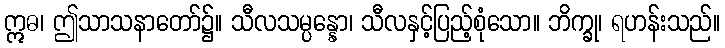
ဣဓ၊ ဤသာသနာတော်၌။ သီလသမ္ပန္နော၊ သီလနှင့်ပြည့်စုံသော။ ဘိက္ခု၊ ရဟန်းသည်။